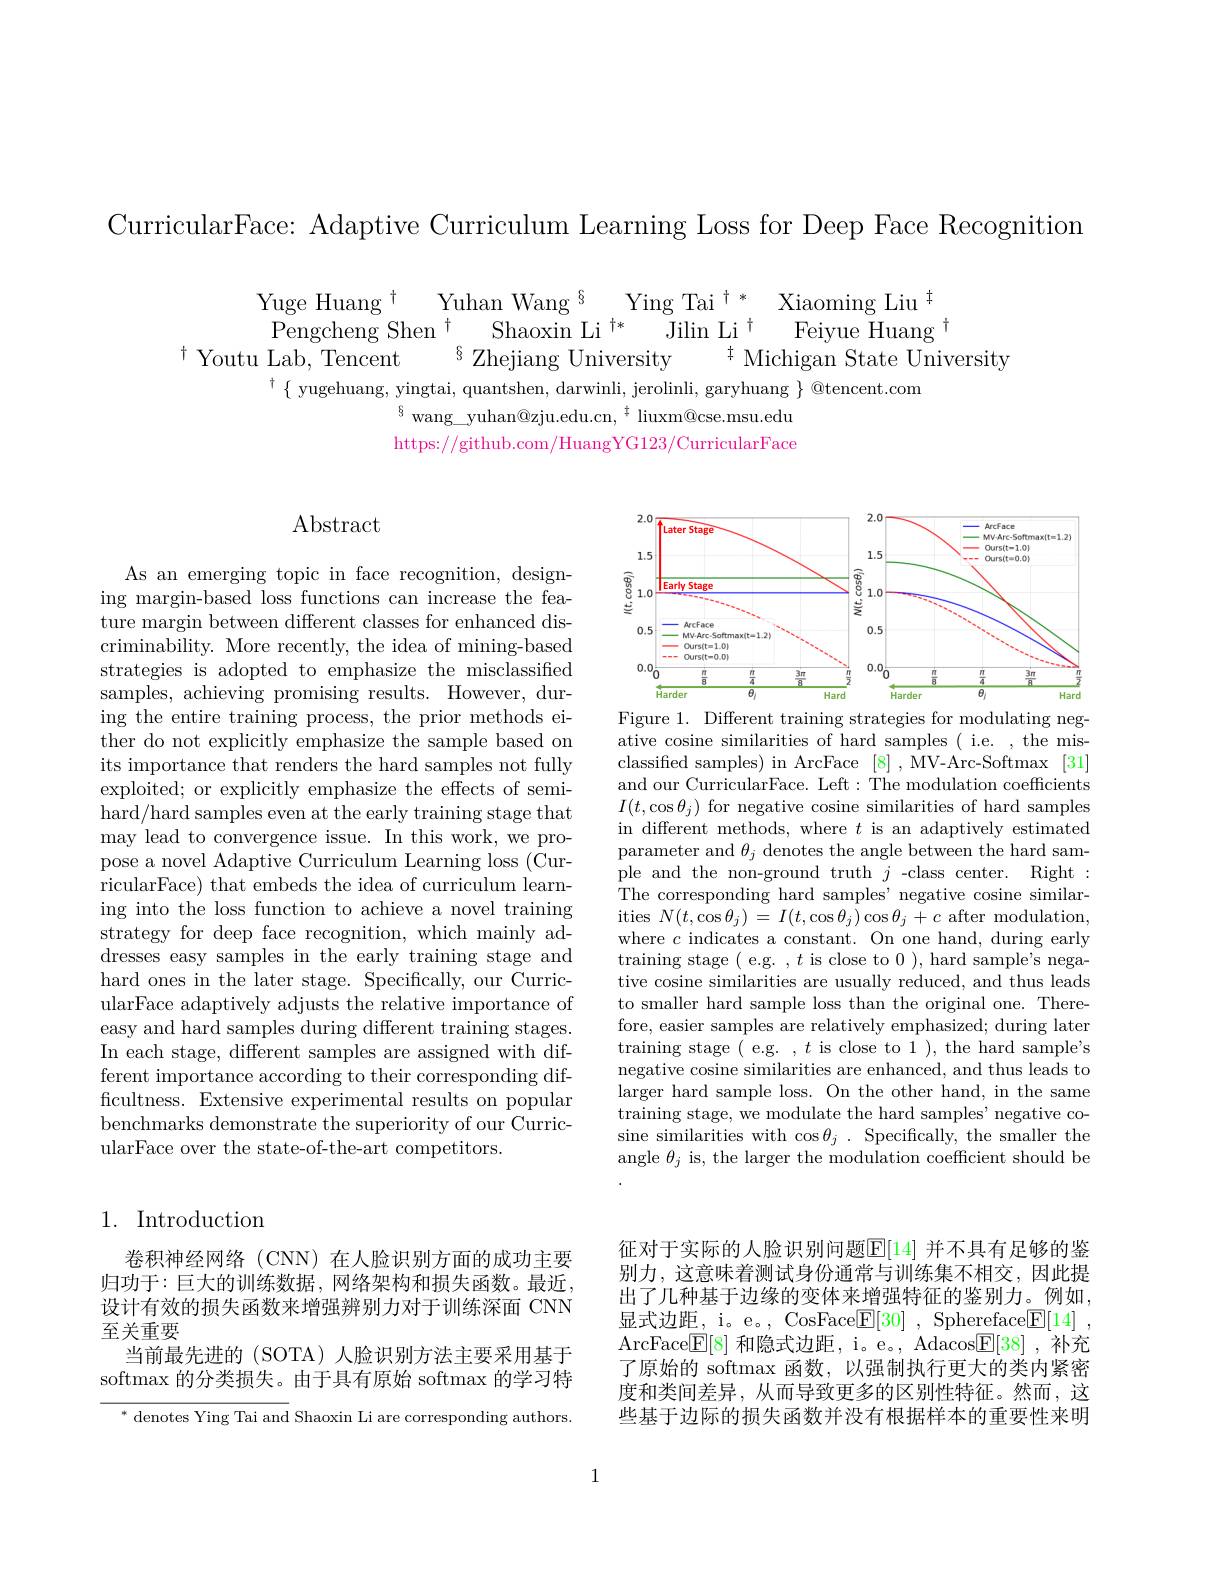
CurricularFace: Adaptive Curriculum Learning Loss for Deep Face Recognition

$\begin{array}{c}\mathrm{Yuge~Huang~}^{\dagger}&\mathrm{Yuhan~Wang~}^{8}&\mathrm{Ying~Tai~}^{\dagger*}&\mathrm{Xiaoming~Liu}^{\dagger}\\\mathrm{Pengcheng~Shen~}^{\dagger}&\mathrm{Shaoxin~Li~}^{\dagger*}&\mathrm{Jilin~Li~}^{\dagger}&\mathrm{Feiyue~Huang~}^{\dagger}\\\mathrm{Youtu~Lab,~Tencent~}^{8}&\mathrm{Zhejiang~University}&^{\dagger}&\mathrm{Michigan~State~University}\\\mathrm{Youtu~Lab,~Tencent}\end{array}$

ierolinli. garvhuang $\}@$tencent.com
$^{6}$ wang\_yuhan@zju.edu.cn,$^{\dagger}$ liuxm@cse.msu.edu https://github.com/HuangYG123/CurricularFace

## Abstract

<FigureHere>
Figure 1. Different training strategies for modulating neg-

As an emerging topic in face recognition, designing margin-based loss functions can increase the feature margin between different classes for enhanced discriminability. More recently, the idea of mining-based strategies is adopted to emphasize the misclassified samples, achieving promising results. However, during the entire training process, the prior methods either do not explicitly emphasize the sample based on its importance that renders the hard samples not fully exploited; or explicitly emphasize the effects of semihard/hard samples even at the early training stage that may lead to convergence issue. In this work, we propose a novel Adaptive Curriculum Learning loss ($\dot{\mathrm{Cur-}}$ ricularFace) that embeds the idea of curriculum learn- ing into the loss function to achieve a novel training strategy for deep face recognition, which mainly addresses easy samples in the early training stage and hard ones in the later stage. Specifically, our CurricularFace adaptively adjusts the relative importance of easy and hard samples during different training stages. In each stage, different samples are assigned with different importance according to their corresponding difficultness. Extensive experimental results on popular benchmarks demonstrate the superiority of our CurricularFace over the state-of-the-art competitors.

ative cosine similarities of hard samples ( i.e. , the misclassified samples) in ArcFace [8] , MV-Arc-Softmax [31] and our CurricularFace. Left : The modulation coefficients $I(t,\cos\theta_j)$ for negative cosine similarities of hard samples in different methods, where $t$ is an adaptively estimated parameter and $\theta_j$ denotes the angle between the hard sample and the non-ground truth $j$ -class center. Right: The corresponding hard samples' negative cosine similarities $N(t,\cos\theta_{j})=I(t,\cos\theta_{j})\cos\theta_{j}+c$ after modulation, where $c$ indicates a constant. On one hand, during early training stage( e.g. $,t$ is close to 0), hard sample's negative cosine similarities are usually reduced, and thus leads to smaller hard sample loss than the original one. Therefore, easier samples are relatively emphasized; during later training stage (e.g. , $t$ is close to 1), the hard sample's negative cosine similarities are enhanced, and thus leads to larger hard sample loss. On the other hand, in the same training stage, we modulate the hard samples' negative cosine similarities with $\cos\theta_j.$ Specifically, the smaller the angle $\theta_j$ is, the larger the modulation coefficient should be

## 1. Introduction

卷积神经网络(CNN)在人脸识别方面的成功主要归功于：巨大的训练数据，网络架构和损失函数。最近设计有效的损失函数来增强辨别力对于训练深面 CNN 至关重要
当前最先进的(SOTA)人脸识别方法主要采用基于softmax 的分类损失。由于具有原始 softmax 的学习特

征对于实际的人脸识别问题$\mathbb{E}[14]$ 并不具有足够的鉴别力，这意味着测试身份通常与训练集不相交，因此提出了几种基于边缘的变体来增强特征的鉴别力。例如， 显式边距，i。e。, CosFace$\mathbb{E} [ 30]$ , Sphereface$\mathbb{E} [ 14]$ , ArcFace$\underline {{\mathrm{E} }}[ 8]$和隐式边距，i。e。, Adacos$\underline{\mathrm{F}}[38]$ ,补充了原始的 softmax 函数，以强制执行更大的类内紧密度和类间差异，从而导致更多的区别性特征。然而，这些基于边际的损失函数并没有根据样本的重要性来明

$^*$ denotes Ying Tai and Shaoxin Li are corresponding authors.

1